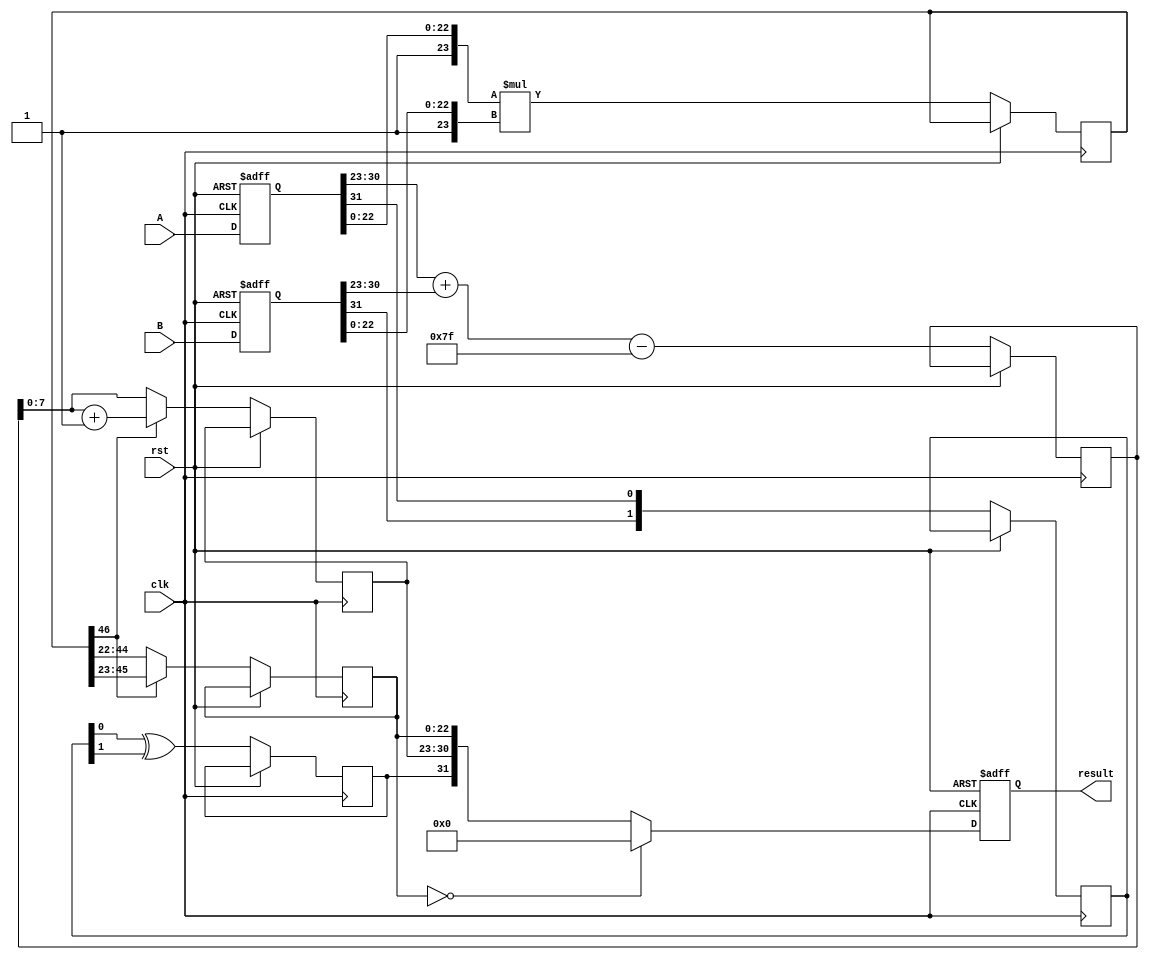
module floating_point_multiplier (
    input wire clk,
    input wire rst,
    input wire [31:0] A, // First floating-point input
    input wire [31:0] B, // Second floating-point input
    output reg [31:0] result // Result of the floating-point multiplication
);

    // Pipeline registers for stages
    reg [31:0] A_reg, B_reg; // Input registers
    reg [1:0] sign; // Sign bits
    reg [8:0] exp_sum; // Exponent sum (with bias)
    reg [46:0] mantissa_product; // Product of mantissas

    // Intermediate results
    reg [22:0] normalized_mantissa; // Normalized mantissa output
    reg [7:0] final_exponent; // Final adjusted exponent
    reg final_sign; // Final sign bit

    // Bias constant for single precision
    localparam BIAS = 8'd127;

    // Combinatorial logic to perform decomposition and multiplication
    always @(posedge clk or posedge rst) begin
        if (rst) begin
            // Reset stage
            A_reg <= 32'b0;
            B_reg <= 32'b0;
            result <= 32'b0;
        end else begin
            // Stage 1: Input Registration and Decomposition
            A_reg <= A;
            B_reg <= B;

            // Decomposing A
            sign[0] <= A_reg[31]; // Sign of A
            sign[1] <= B_reg[31]; // Sign of B
            exp_sum <= {1'b0, A_reg[30:23]} + {1'b0, B_reg[30:23]} - BIAS; // Exponent addition

            // Mantissa multiplication with implicit leading 1
            mantissa_product <= ({1'b1, A_reg[22:0]} * {1'b1, B_reg[22:0]});

            // Stage 2: Exponent Calculation and Normalization
            if (mantissa_product[46]) begin
                // Normalization case (overflow)
                normalized_mantissa <= mantissa_product[45:23]; // Shift right
                final_exponent <= exp_sum + 1; // Increment exponent
            end else begin
                normalized_mantissa <= mantissa_product[44:22]; // Normalized mantissa
                final_exponent <= exp_sum; // Direct exponent
            end

            // Stage 3: Final Result Registration
            final_sign <= sign[0] ^ sign[1]; // XOR for sign bit

            // Final result construction
            if (normalized_mantissa == 23'b0) begin
                // Handle zero case
                result <= 32'b0;
            end else begin
                // Assemble result
                result <= {final_sign, final_exponent[7:0], normalized_mantissa};
            end
        end
    end
endmodule